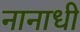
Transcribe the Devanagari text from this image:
नानाधी